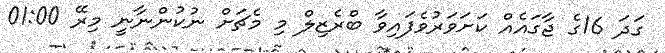
ގަދަ 16ގެ ޖާގައެއް ކަށަވަރުވެފައިވާ ބްރެޒިލް މި މެޗަށް ނުކުންނާނީ މިރޭ 01:00